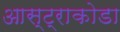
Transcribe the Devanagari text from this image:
आस्ट्राकोडा